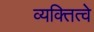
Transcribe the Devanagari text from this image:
व्यक्तित्वे